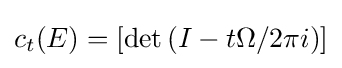
c_{t}(E)=[\det \left(I-t{\Omega /2\pi i}\right)]